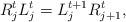
LaTeX: \begin{align*}R_j^tL_j^t=L_j^{t+1}R_{j+1}^{t},\end{align*}